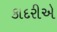
કાદરીએ